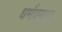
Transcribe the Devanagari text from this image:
धर्मप्रमुख